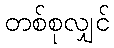
တစ်စုလျှင်